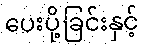
ပေးပို့ခြင်းနှင့်